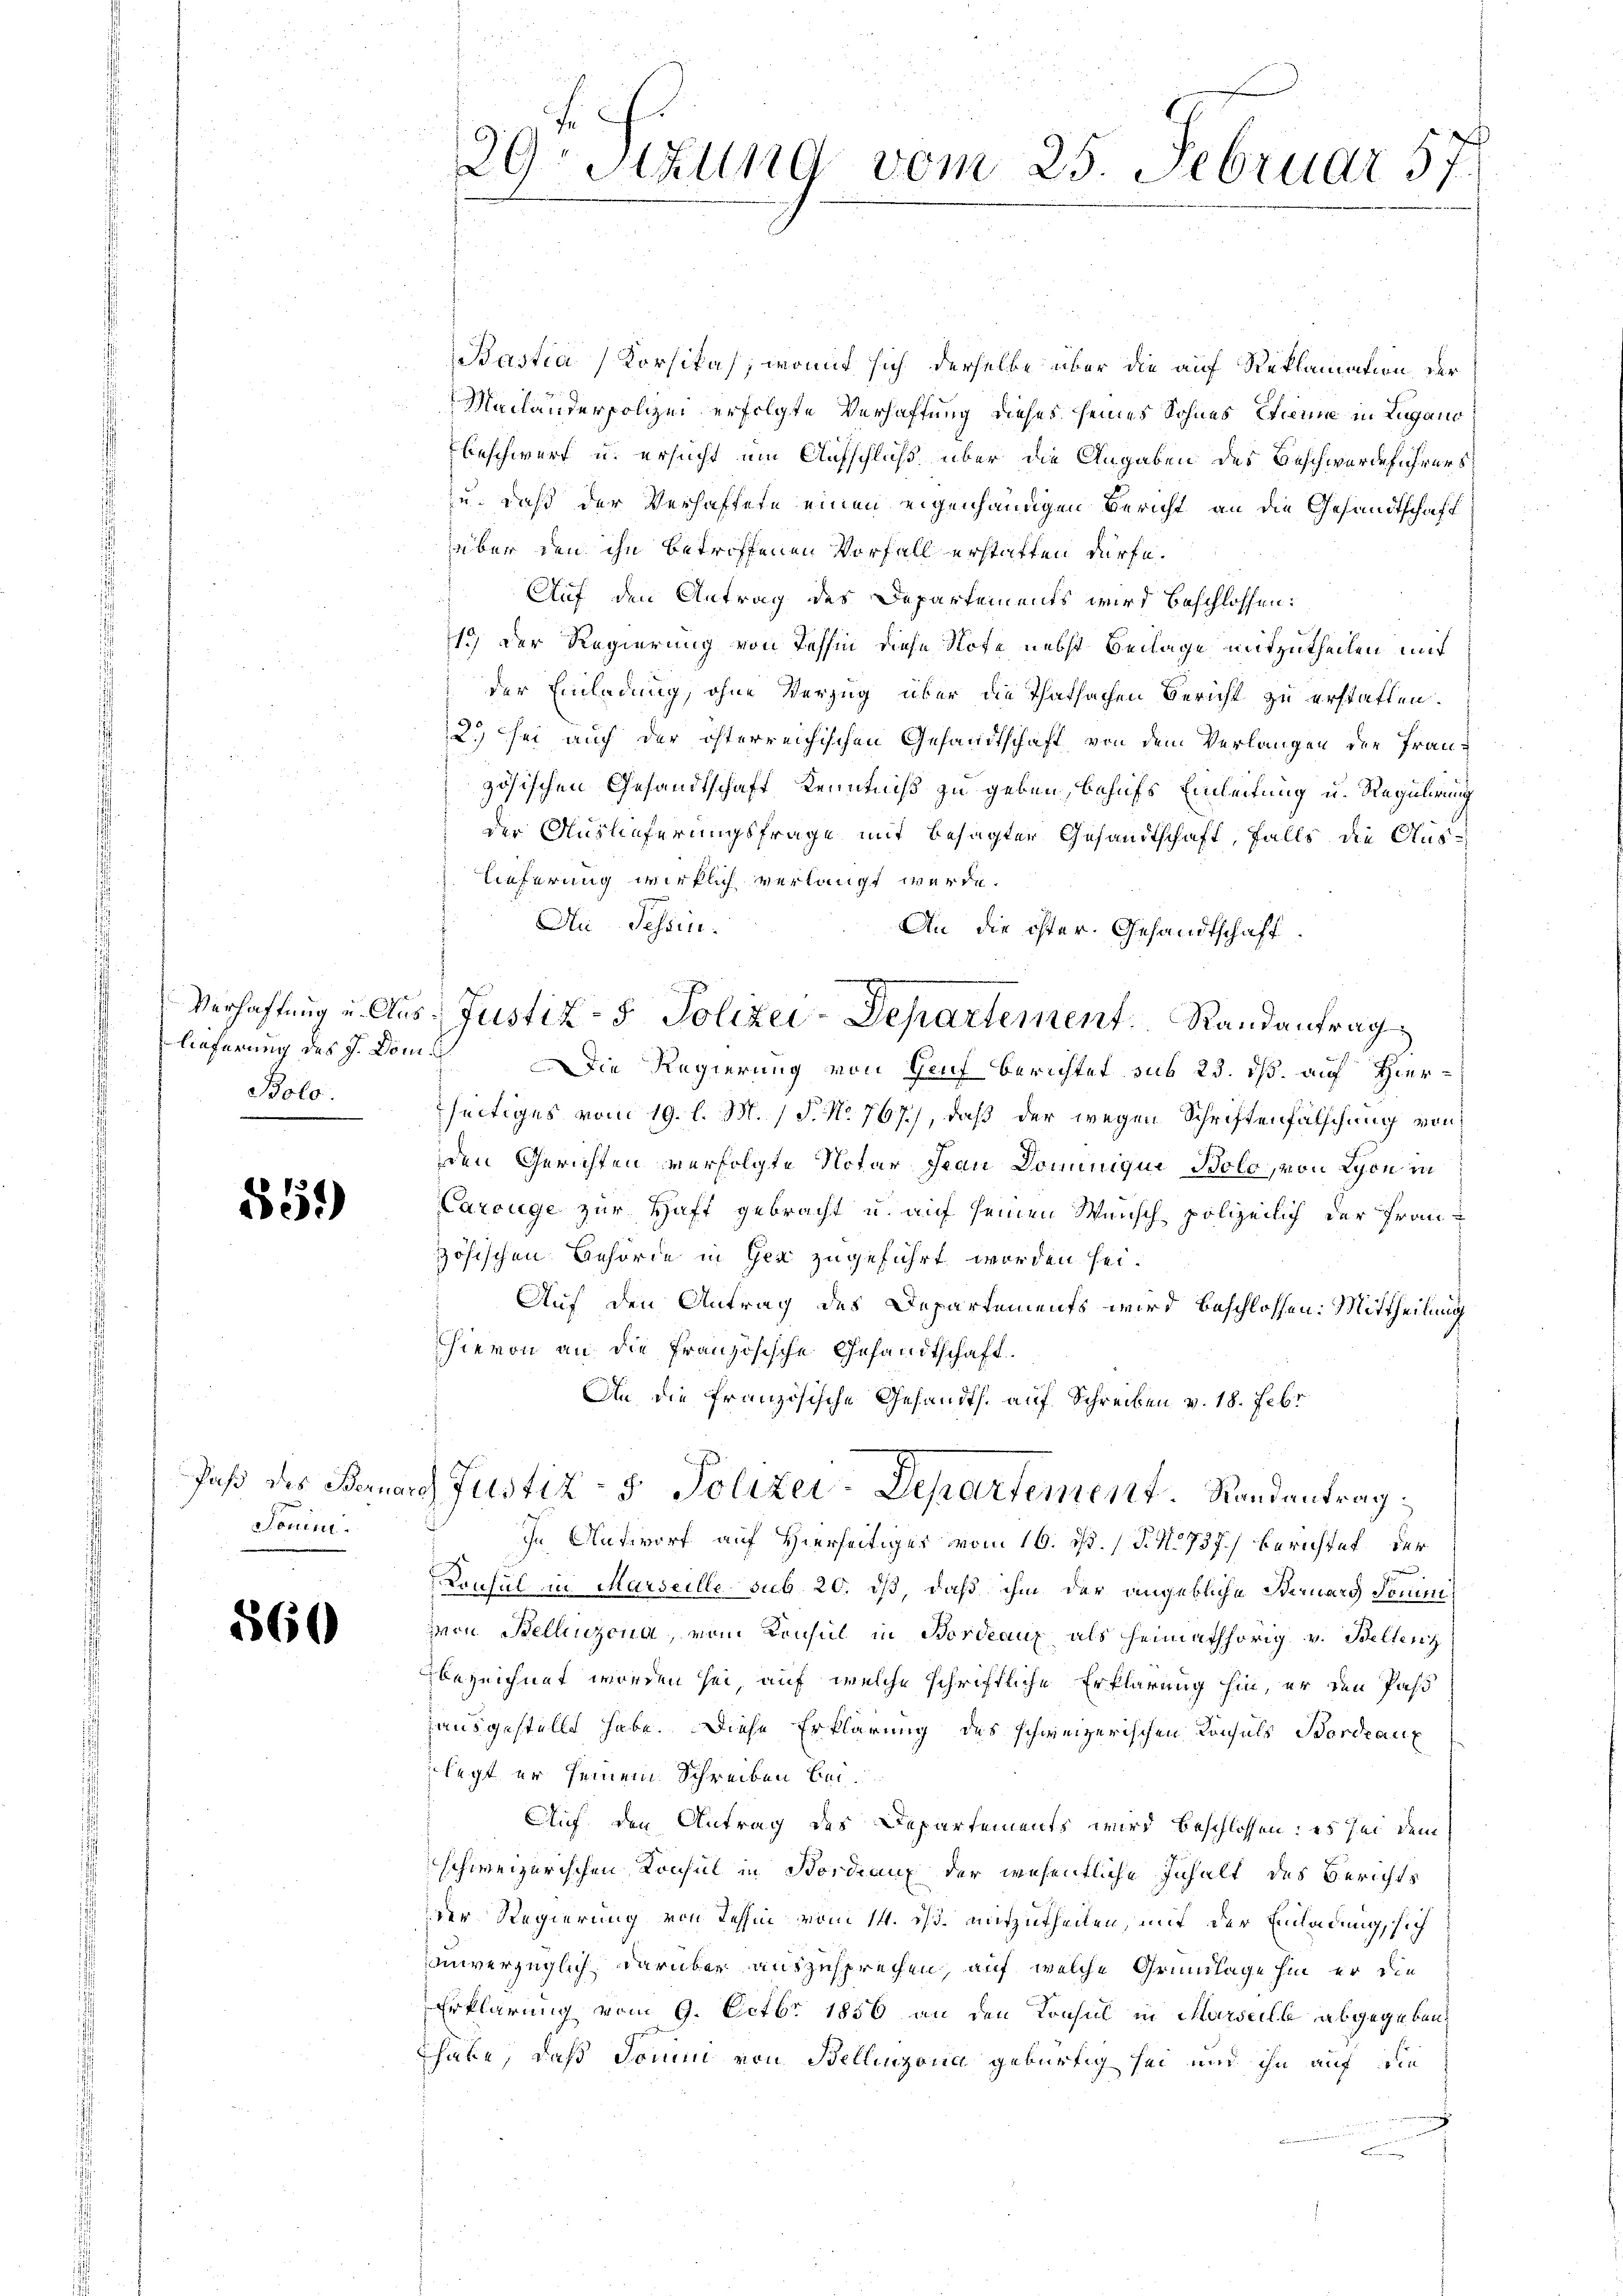
lieferung des J. Dom s
Bolo.

851)

Pass des Berna
Sonini.

560

29 Stzung vom 25. Februar 57.

setastia Korsikas, womit sich derselbe über die auf Reklamation der
Mailanderpolizei erfolgte Verhaftung dieses seines Sohnes Sinne in Lugano
beschwert u. ersucht um Aufschluß über die Angaben des Beschwerdeführers
zu, daß der Verhaftete einen eigenhändigen Bericht an die Gesandtschaft
über den ihn betroffenen Vorfall erstatten dürfe.
Auf den Antrag des Departements wird beschlossen:
1.) Der Regierung von Tessin diese Note nebst Beilage mitzutheilen mit
der Einladung, ohne Verzug über die Thatsachen Bericht zu erstatten.
2.) sei auch der österreichischen Gesandtschaft von dem Verlangen der Französischen Gesandtschaft Kenntniß zu geben, behufs Einleitung u. Regulirung
der Auslieferungsfrage mit besagter Gesandtschaft, falls die Aus¬
Lieferung wirklich verlangt werde.
Ai Tessin.
An die ister. Gesandtschaft
Die Regierung von Gruf berichtet sub 23. ds. auf Hierseitiges vom 19. l. M. / P. No. 767), daß der wegen Schriftenfälschung von
den Gerichten verfolgte Notar Frau Dominiqui- Bolo, von Lyon in
Carrüge zur Haft gebracht u. auf seinen Wunsch polizeilich der Französischen Behörde in Gez zugeführt worden sei.
Auf den Antrag des Departements wird beschlossen: Mittheilung
hievon an die französische Gesandtschaft.
An die französische Gesandts. auf Schreiben v. 18. Febr
ad Justiz- & Polizei-Departement Randantrag
In Antworf auf Hierseitiges vom 16. d. 1 S. No 737.) Berichtet der
Konsul in Marseille sub. 20. dß, daß ihm der angebliche Sternard Dominivon Bellinzona, vom Konsul in Bordeaux als heimathörig v. Bellenz
bezeichnet worden sei, auf welche schriftliche Erklärung hin, er den Pas
ausgestellt habe. Diese Erklärung des schweizerischen Konsuls Bordearz
legt er seinem Schreiben bei.
Auf den Antrag des Departements wird beschlossen: es sei dem
schweizerischen Konsul in Bordnung der wesentliche Inhalt des Berichts
der Regierung von Tehhin vom 14. ds. aufzutheilen, mit der Einladung, sich
ainverzüglich, darüber auszusprechen, auf welche Grundlage hin er die
Erklärung vom 9. Octbr 1856 an den Konsul in Marseille abgegeben
habe, daß Domin von Bellinzona gebürtig sei und ihn auf die
¬

Verhaftung u. Aus- Justiz- & Polizei-Departement. Randantrag